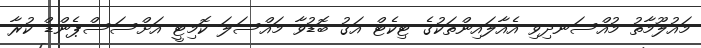
މައުލޫމާތު މުއްސަނދިވި އެއާލައިންތަކުގެ ޓިކެޓް އަގު ބޮޑުވާ މައްސަލަ ކޮމިޓީ އަށްސަސްޕެންޑް ކުރާ